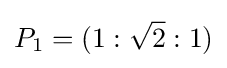
P_{1}=(1:{\sqrt {2}}:1)